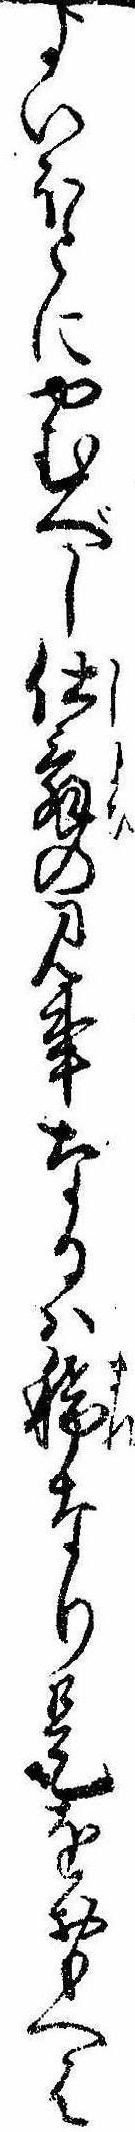
よいほとにやむべし仕舞の見事なるは稀なり是をおもへは